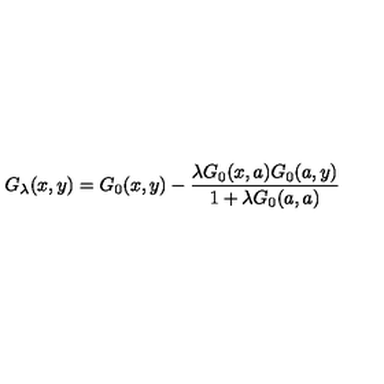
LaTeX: G _ { \lambda } ( x , y ) = G _ { 0 } ( x , y ) - \frac { \lambda G _ { 0 } ( x , a ) G _ { 0 } ( a , y ) } { 1 + \lambda G _ { 0 } ( a , a ) }